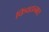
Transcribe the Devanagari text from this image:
किंवदन्मत